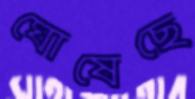
ঘোষেছে